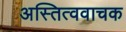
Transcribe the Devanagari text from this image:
अस्तित्ववाचक